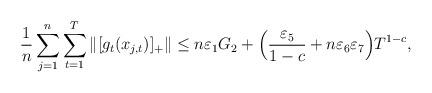
LaTeX: \begin{align*}\frac{1}{n}\sum_{j=1}^n\sum_{t=1}^T\|[g_{t}(x_{j,t})]_+\|\le n\varepsilon_1G_2+\Big(\frac{\varepsilon_{5}}{1-c}+n\varepsilon_{6}\varepsilon_{7}\Big)T^{1-c},\end{align*}